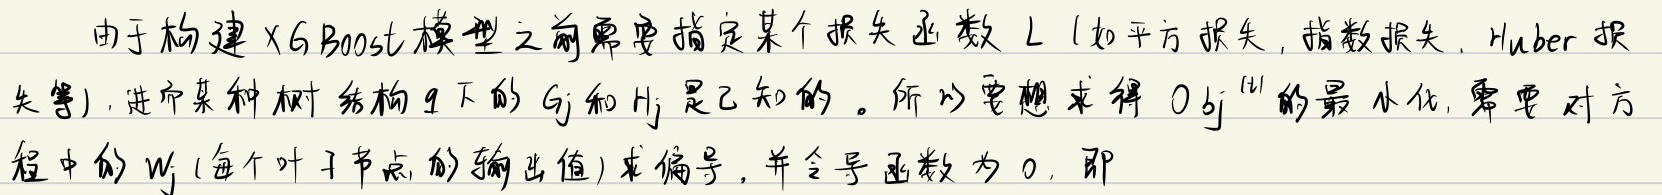
由于构建XGBoost模型之前需要指定某个损失函数 \(L\)（如平方损失，指数损失，Huber损失等），进而某种树结构 \(q\) 下的 \(G_j\) 和 \(H_j\) 是已知的。所以要想求得 \(Obj^{(t)}\) 的最小化，需要对方程中的 \(w_j\)（每个叶子节点的输出值）求偏导，并令导函数为 0，即